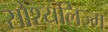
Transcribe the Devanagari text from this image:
सोश्यलिज्म